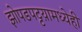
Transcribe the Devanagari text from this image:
झोपडपट्टय़ामध्येही